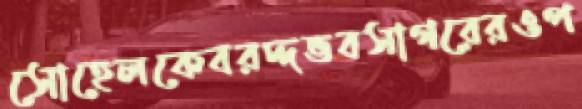
সোহেলকেবরদ্দভবসাগরেরওপ